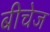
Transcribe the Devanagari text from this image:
बीचेज